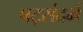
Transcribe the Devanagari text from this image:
षट्संदर्भ